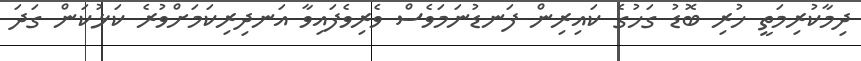
ދިމާކުރިމަތީ ހުރި ބޮޑު ގަހުގެ ކައިރިން ފަނޑުނަމަވެސް ވެރިވެފައިވާ އަނދިރިކަމަށްވުރެ ކަޅުކަން ގަދަ